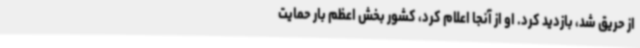
از حریق شد، بازدید کرد. او از آنجا اعلام کرد، کشور بخش اعظم بار حمایت